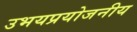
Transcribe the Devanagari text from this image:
उभयप्रयोजनीय